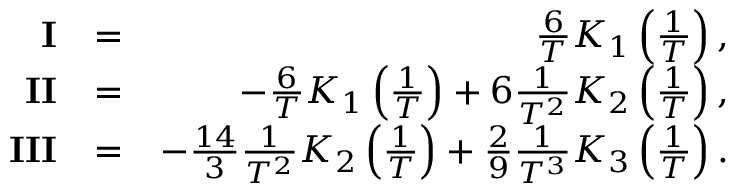
\begin{array} { r l r } { \mathbf { I } } & { = } & { \frac { 6 } { T } K _ { 1 } \left( \frac { 1 } { T } \right) , } \\ { \mathbf { I I } } & { = } & { - \frac { 6 } { T } K _ { 1 } \left( \frac { 1 } { T } \right) + 6 \frac { 1 } { T ^ { 2 } } K _ { 2 } \left( \frac { 1 } { T } \right) , } \\ { \mathbf { I I I } } & { = } & { - \frac { 1 4 } { 3 } \frac { 1 } { T ^ { 2 } } K _ { 2 } \left( \frac { 1 } { T } \right) + \frac { 2 } { 9 } \frac { 1 } { T ^ { 3 } } K _ { 3 } \left( \frac { 1 } { T } \right) . } \end{array}